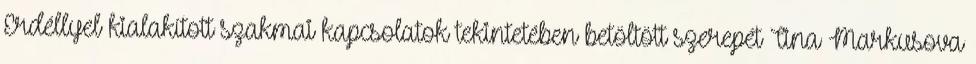
Erdéllyel kialakított szakmai kapcsolatok tekintetében betöltött szerepét Tina Markusova